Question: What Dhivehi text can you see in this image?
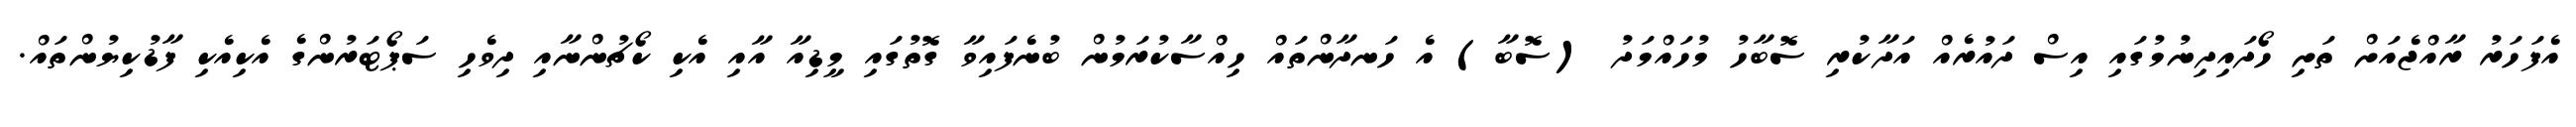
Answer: އެފަހަރު ރާއްޖެއަށް ތަށި ހޯދައިދިނުމުގައި އިސް ދައުރެއް އަދާކުރި ސޮބާހު މުހައްމަދު (ސޮބާ) އެ ހަނދާންތައް ހިއްސާކުރަމުން ބުނެފައިވާ ގޮތުގައި މީޑިއާ އާއި އެކި ކޯޗުންނާއި ދިވެހި ސަޕޯޓަރުންގެ އެކިއެކި ފާޑުކިޔުންތައް.